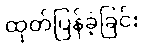
ထုတ်ပြန်ခဲ့ခြင်း